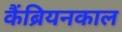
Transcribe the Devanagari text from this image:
कैंब्रियनकाल